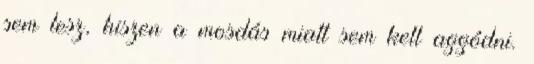
sem lesz, hiszen a mosdás miatt sem kell aggódni.